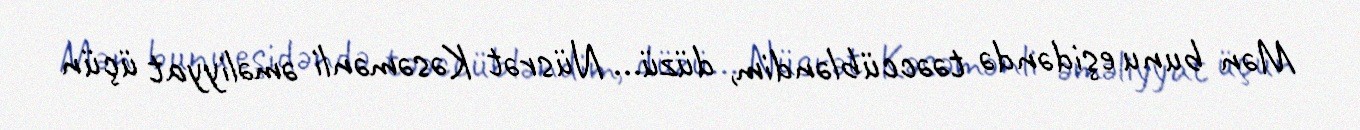
Mən bunu eşidəndə təəccübləndim, düzü... Nüsrət Kəsəmənli əməliyyat üçün